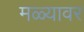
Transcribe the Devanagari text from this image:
मळ्यावर